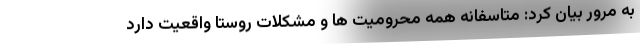
به مرور بیان کرد: متاسفانه همه محرومیت ها و مشکلات روستا واقعیت دارد